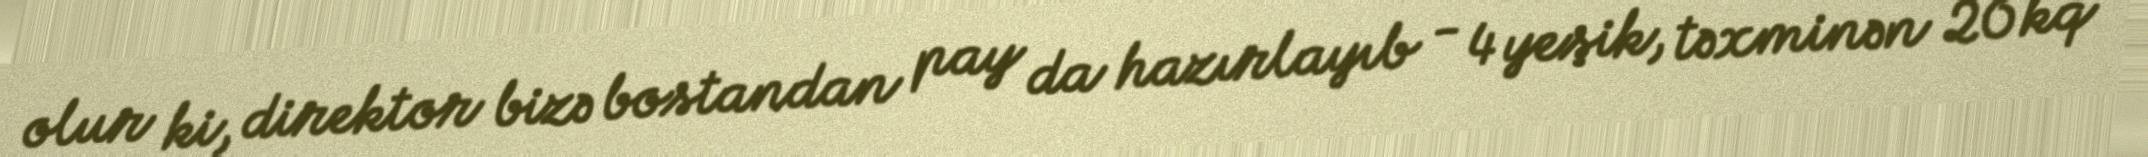
olur ki, direktor bizə bostandan pay da hazırlayıb - 4 yeşik, təxminən 20 kq